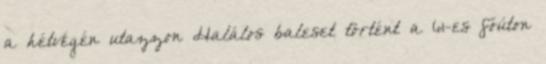
a hétvégén utazzon Halálos baleset történt a 61-es főúton